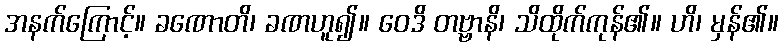
အနက်ကြောင့်။ ခဏောတိ၊ ခဏဟူ၍။ ဝေဒိ တဗ္ဗာနိ၊ သိထိုက်ကုန်၏။ ဟိ၊ မှန်၏။